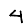
Digit: 4